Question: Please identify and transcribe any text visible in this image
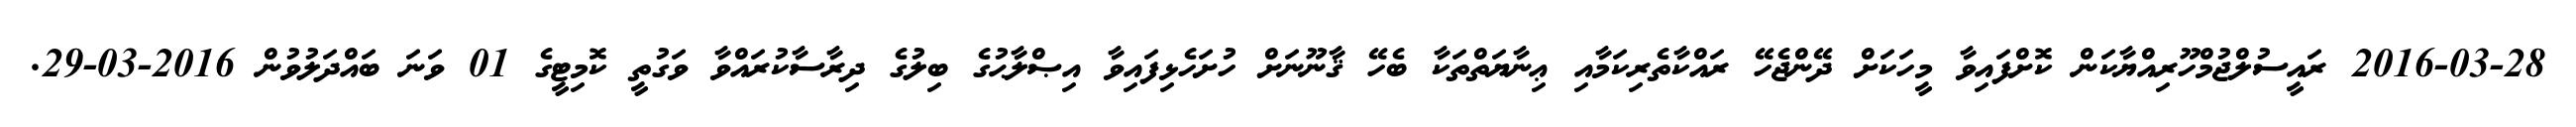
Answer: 2016-03-28 ރައީސުލްޖުމްހޫރިއްޔާކަން ކޮށްފައިވާ މީހަކަށް ދޭންޖެހޭ ރައްކާތެރިކަމާއި ޢިނާޔަތްތަކާ ބެހޭ ޤާނޫނަށް ހުށަހެޅިފައިވާ އިޞްލާޙުގެ ބިލުގެ ދިރާސާކުރައްވާ ވަގުތީ ކޮމިޓީގެ 01 ވަނަ ބައްދަލުވުން 2016-03-29.